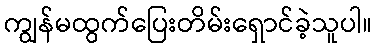
ကျွန်မထွက်ပြေးတိမ်းရှောင်ခဲ့သူပါ။